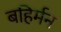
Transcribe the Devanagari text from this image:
बहिर्मन